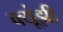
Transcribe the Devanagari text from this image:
क्यूंझी